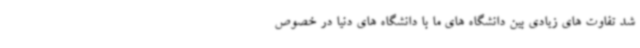
شد تفاوت های زیادی بین دانشگاه های ما با دانشگاه های دنیا در خصوص